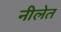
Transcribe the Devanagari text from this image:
नीलेत